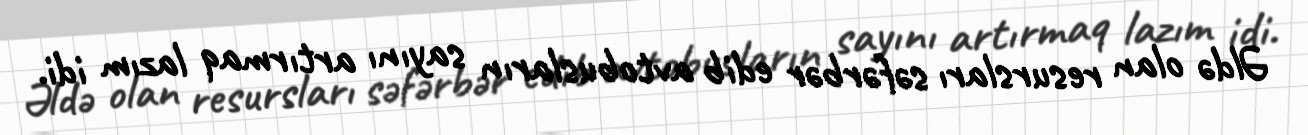
Əldə olan resursları səfərbər edib avtobusların sayını artırmaq lazım idi.